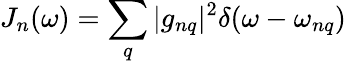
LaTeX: J_{n}(\omega)=\sum_{q}|g_{nq}|^{2}\delta(\omega-\omega_{nq})